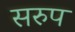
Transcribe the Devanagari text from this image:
सरुप